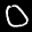
Label: 0